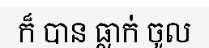
ក៏ បាន ធ្លាក់ ចូល